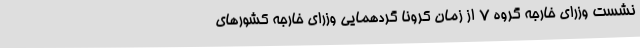
نشست وزرای خارجه گروه ۷ از زمان کرونا گردهمایی وزرای خارجه کشورهای